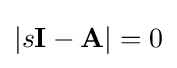
\left|s{\textbf {I}}-{\textbf {A}}\right|=0